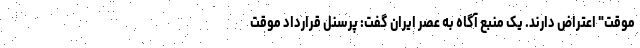
موقت" اعتراض دارند. یک منبع آگاه به عصر ایران گفت: پرسنل قرارداد موقت